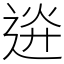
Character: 䢠